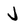
Character: J